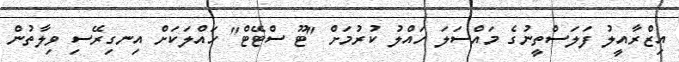
އިޒްރާއީލު ފަލަސްތީނުގެ މައްސަލަ ހައްލު ކުރުމަށް "ޓޫ ސްޓޭޓް" ހައްލަކަށް އިނގިރޭސި ވިލާތުން